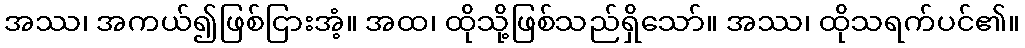
အဿ၊ အကယ်၍ဖြစ်ငြားအံ့။ အထ၊ ထိုသို့ဖြစ်သည်ရှိသော်။ အဿ၊ ထိုသရက်ပင်၏။